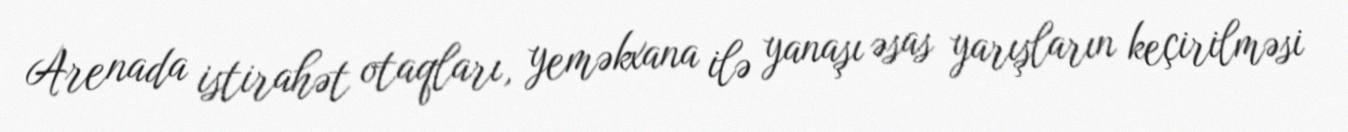
Arenada istirahət otaqları, yeməkxana ilə yanaşı əsas yarışların keçirilməsi